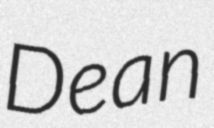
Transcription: Dean